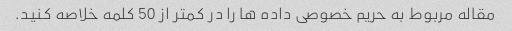
مقاله مربوط به حریم خصوصی داده ها را در کمتر از 50 کلمه خلاصه کنید.